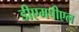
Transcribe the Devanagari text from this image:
डीएमपीएल